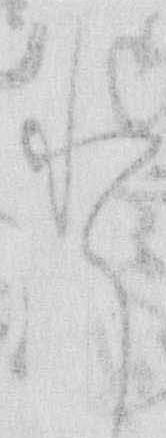
と